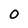
Character: 0